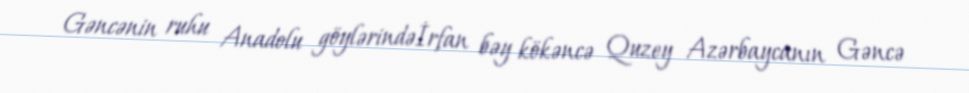
Gəncənin ruhu Anadolu göylərindəİrfan bəy kökəncə Quzey Azərbaycanın Gəncə